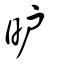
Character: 昈